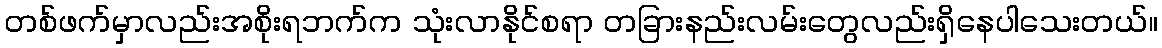
တစ်ဖက်မှာလည်းအစိုးရဘက်က သုံးလာနိုင်စရာ တခြားနည်းလမ်းတွေလည်းရှိနေပါသေးတယ်။